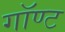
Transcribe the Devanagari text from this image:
गॉण्ट